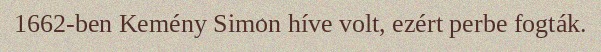
1662-ben Kemény Simon híve volt, ezért perbe fogták.